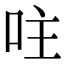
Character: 𠰍